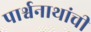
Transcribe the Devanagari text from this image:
पार्श्वनाथांची